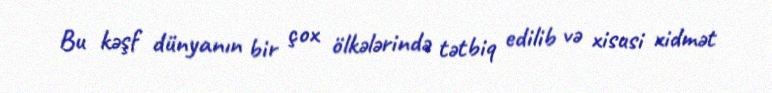
Bu kəşf dünyanın bir çox ölkələrində tətbiq edilib və xisusi xidmət